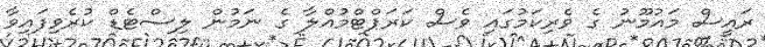
ރައީސް މައުމޫނު ގެ ވެރިކަމުގައި ވެސް ކަރަޕްޓްމުއްލާ ގެ ނަމުން ލިސްޓެޑް ކުރެވިފައިވާ